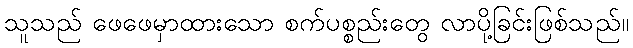
သူသည် ဖေဖေမှာထားသော စက်ပစ္စည်းတွေ လာပို့ခြင်းဖြစ်သည်။